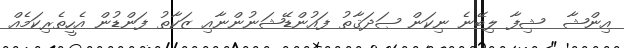
އިންޝާ  ޝިފާ ލިބޭނެ ނިކަން ޞަދަޤާތު ފައުންޑޭޝަނުންނާއި ޒަކާތު ފަންޑުން އެހީތެރިކަމެއް